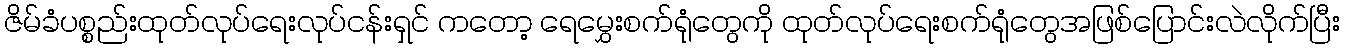
ဇိမ်ခံပစ္စည်းထုတ်လုပ်ရေးလုပ်ငန်းရှင် ကတော့ ရေမွှေးစက်ရုံတွေကို ထုတ်လုပ်ရေးစက်ရုံတွေအဖြစ်ပြောင်းလဲလိုက်ပြီး